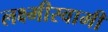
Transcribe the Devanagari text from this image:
लक्ष्मीस्वामी